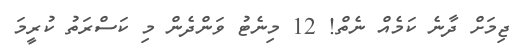
ޖިމަށް ދާނެ ކަމެއް ނެތް! 12 މިނެޓު ވަންދެން މި ކަސްރަތު ކުރީމަ